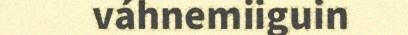
váhnemiiguin